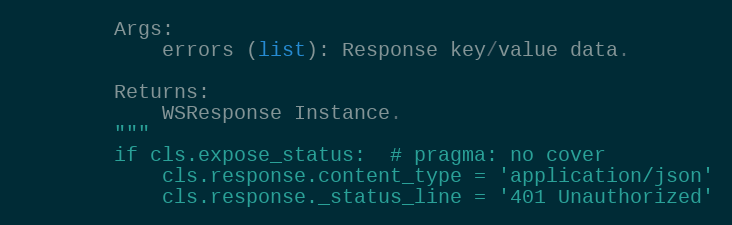
Language: Python
        Args:
            errors (list): Response key/value data.

        Returns:
            WSResponse Instance.
        """
        if cls.expose_status:  # pragma: no cover
            cls.response.content_type = 'application/json'
            cls.response._status_line = '401 Unauthorized'